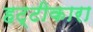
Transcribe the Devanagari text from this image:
हट्टीकारा